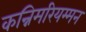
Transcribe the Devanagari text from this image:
कन्निमरियम्मन